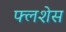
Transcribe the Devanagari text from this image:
फ्लशेस